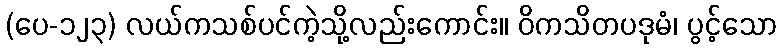
(ပေ-၁၂၃) လယ်ကသစ်ပင်ကဲ့သို့လည်းကောင်း။ ဝိကသိတပဒုမံ၊ ပွင့်သော